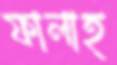
ফালাহ্